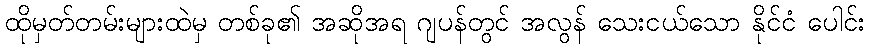
ထိုမှတ်တမ်းများထဲမှ တစ်ခု၏ အဆိုအရ ဂျပန်တွင် အလွန် သေးငယ်သော နိုင်ငံ ပေါင်း